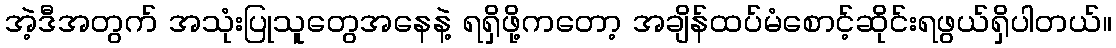
အဲ့ဒီအတွက် အသုံးပြုသူတွေအနေနဲ့ ရရှိဖို့ကတော့ အချိန်ထပ်မံစောင့်ဆိုင်းရဖွယ်ရှိပါတယ်။